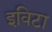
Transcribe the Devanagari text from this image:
इविटा